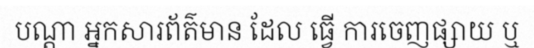
បណ្តា អ្នកសារព័ត៌មាន ដែល ធ្វើ ការចេញផ្សាយ ឬ